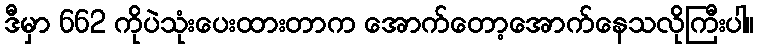
ဒီမှာ 662 ကိုပဲသုံးပေးထားတာက အောက်တော့အောက်နေသလိုကြီးပါ။